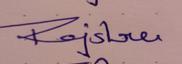
Signature authenticity: genuine